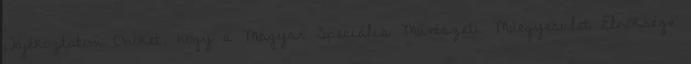
Tájékoztatom Önöket, hogy a Magyar Speciális Művészeti Műegyesület Elnöksége